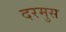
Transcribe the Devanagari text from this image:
दरमुस